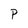
Character: P